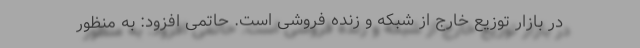
در بازار توزیع خارج از شبکه و زنده فروشی است. حاتمی افزود: به منظور